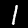
Digit: 1